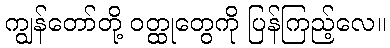
ကျွန်တော်တို့ ဝတ္ထုတွေကို ပြန်ကြည့်လေ။